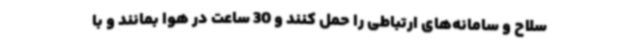
سلاح و سامانه‌های ارتباطی را حمل کنند و 30 ساعت در هوا بمانند و با